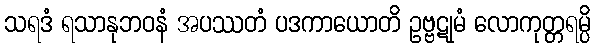
သရဒံ ရသာနုဘဝနံ အပဿတံ ပဒကာယောတိ ဥဗ္ဗဋုမံ လောကုတ္တရမ္ပိ